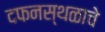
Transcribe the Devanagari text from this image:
दफनस्थळाचे